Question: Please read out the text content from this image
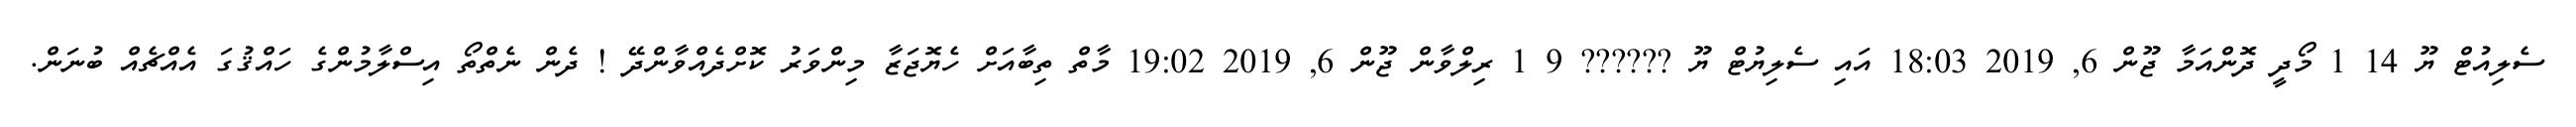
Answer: ސެލިއުޓް ޔޫ 14 1 މޯދީ ދޮންއަމާ ޖޫން 6, 2019 18:03 އައި ސެލިޔުޓް ޔޫ ?????? 9 1 ރިލްވާން ޖޫން 6, 2019 19:02 މާތް ތިބާއަށް ހެޔޮޖަޒާ މިންވަރު ކޮށްދެއްވާންދޭ ! ދެން ނެތްތޯ އިސްލާމުންގެ ހައްޤުގަ އެއްޗެއް ބުނަން.